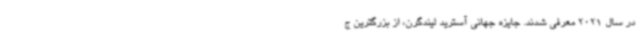
در سال 2021 معرفی شدند. جایزه جهانی آسترید لیندگرن، از بزرگترین ج